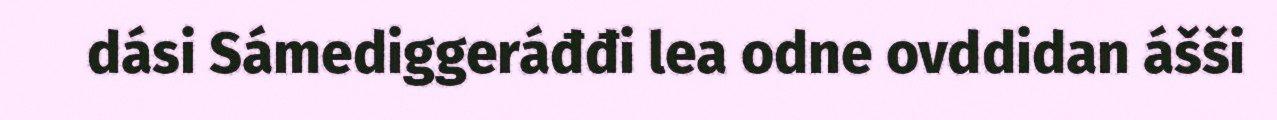
dási Sámediggeráđđi lea odne ovddidan ášši